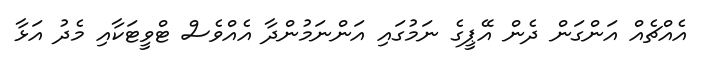
އެއްޗެއް އަންގަން ދެން އޭޕީގެ ނަމުގައި އަންނަމުންދާ އެއްވެސް ޓްވީޓަކާއި މެދު އަޅާ